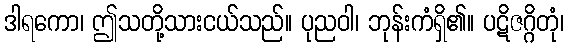
ဒါရကော၊ ဤသတို့သားငယ်သည်။ ပုညဝါ၊ ဘုန်းကံရှိ၏။ ပဋိဇဂ္ဂိတုံ၊